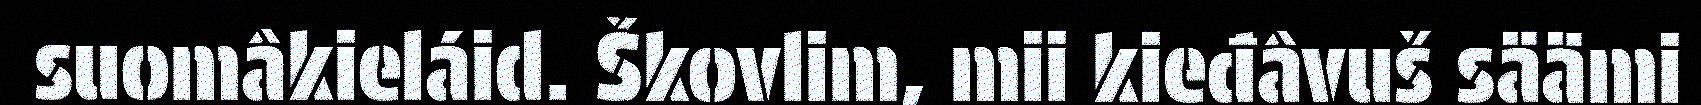
suomâkieláid. Škovlim, mii kieđâvuš säämi